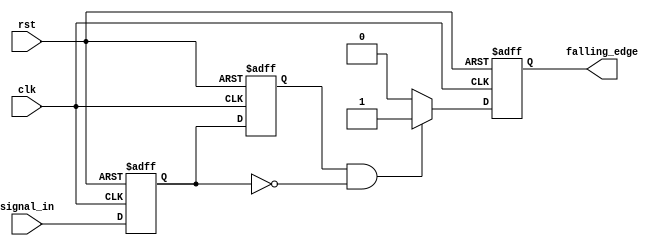
module falling_edge_detector (
    input wire clk,                 // Clock signal
    input wire rst,                 // Asynchronous reset signal
    input wire signal_in,           // Input signal to detect falling edge
    output reg falling_edge         // Output signal indicating falling edge
);

    // Memory blocks to store current and previous states
    reg current_state;              // Current state of the input signal
    reg previous_state;             // Previous state of the input signal

    always @(posedge clk or posedge rst) begin
        if (rst) begin
            // Reset the states and output
            current_state <= 1'b0;
            previous_state <= 1'b0;
            falling_edge <= 1'b0;
        end else begin
            // Update previous state to current state
            previous_state <= current_state;
            // Update current state with the input signal
            current_state <= signal_in;

            // Edge detection logic
            if (previous_state == 1'b1 && current_state == 1'b0) begin
                falling_edge <= 1'b1; // Falling edge detected
            end else begin
                falling_edge <= 1'b0; // No falling edge
            end
        end
    end

endmodule